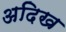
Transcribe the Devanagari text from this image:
अदिख